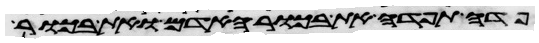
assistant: פדה תפדה את בכור האדם ואת בכור